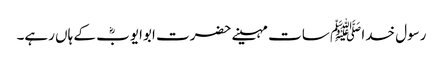
رسول خدا ﷺ سات مہینے حضرت ابوایوبؓ کے ہاں رہے۔